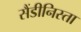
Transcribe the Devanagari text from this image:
सैंडीनिस्ता